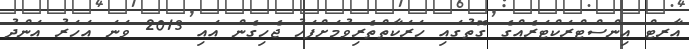
އާރޓް އިންސްޓްރަކްޓަރެއްގެ ގޮތުގައި ހަރަކާތްތެރިވުމަށްފަހު ޖެހިގެން އައި 2013 ވަނަ އަހަރު އަންދު